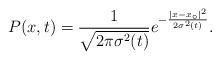
LaTeX: \begin{align*} P(x,t) = \frac{1}{\sqrt{2\pi\sigma^2(t)}}e^{- \frac{|x - x_\circ|^2}{2\sigma^2(t)}}.\end{align*}